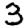
Digit: 3